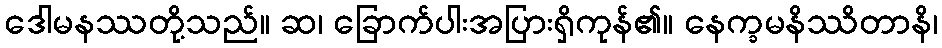
ဒေါမနဿတို့သည်။ ဆ၊ ခြောက်ပါးအပြားရှိကုန်၏။ နေက္ခမနိဿိတာနိ၊